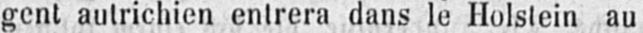
gent autrichien entrera dans le Holstein au